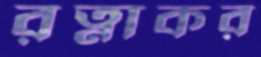
রত্নাকর